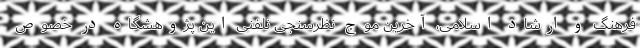
فرهنگ و ارشاد اسلامی، آخرین موج نظرسنجی نلفنی این پژوهشگاه در خصوص